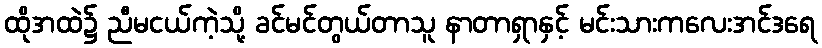
ထိုအထဲ၌ ညီမငယ်ကဲ့သို့ ခင်မင်တွယ်တာသူ နာတာရှာနှင့် မင်းသားကလေးအင်ဒရေ